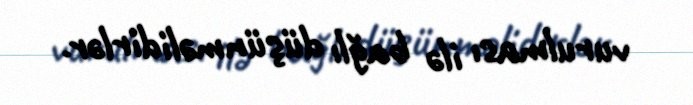
vurulması ilə bağlı düşünməlidirlər.